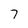
Character: 7